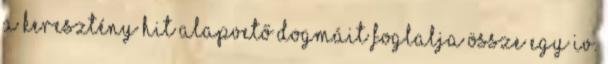
a keresztény hit alapvető dogmáit foglalja össze egy IV.